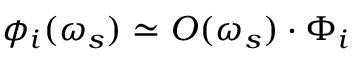
\phi _ { i } ( \omega _ { s } ) \simeq O ( \omega _ { s } ) \cdot \Phi _ { i }